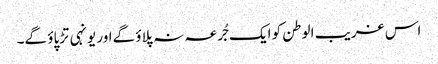
اس غریب الوطن کو ایک جُرعہ نہ پلاؤ گےاور یونہی تڑپاؤ گے۔